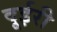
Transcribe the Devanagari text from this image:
दूईरी